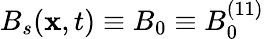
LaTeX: B_{s}(\mathbf{x},t)\equiv B_{0}\equiv B_{0}^{(11)}